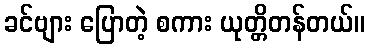
ခင်ဗျား ပြောတဲ့ စကား ယုတ္တိတန်တယ်။